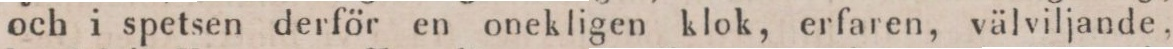
och i spetsen derför en onekligen klok, erfaren, välviljande.